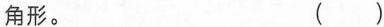
角形。( )